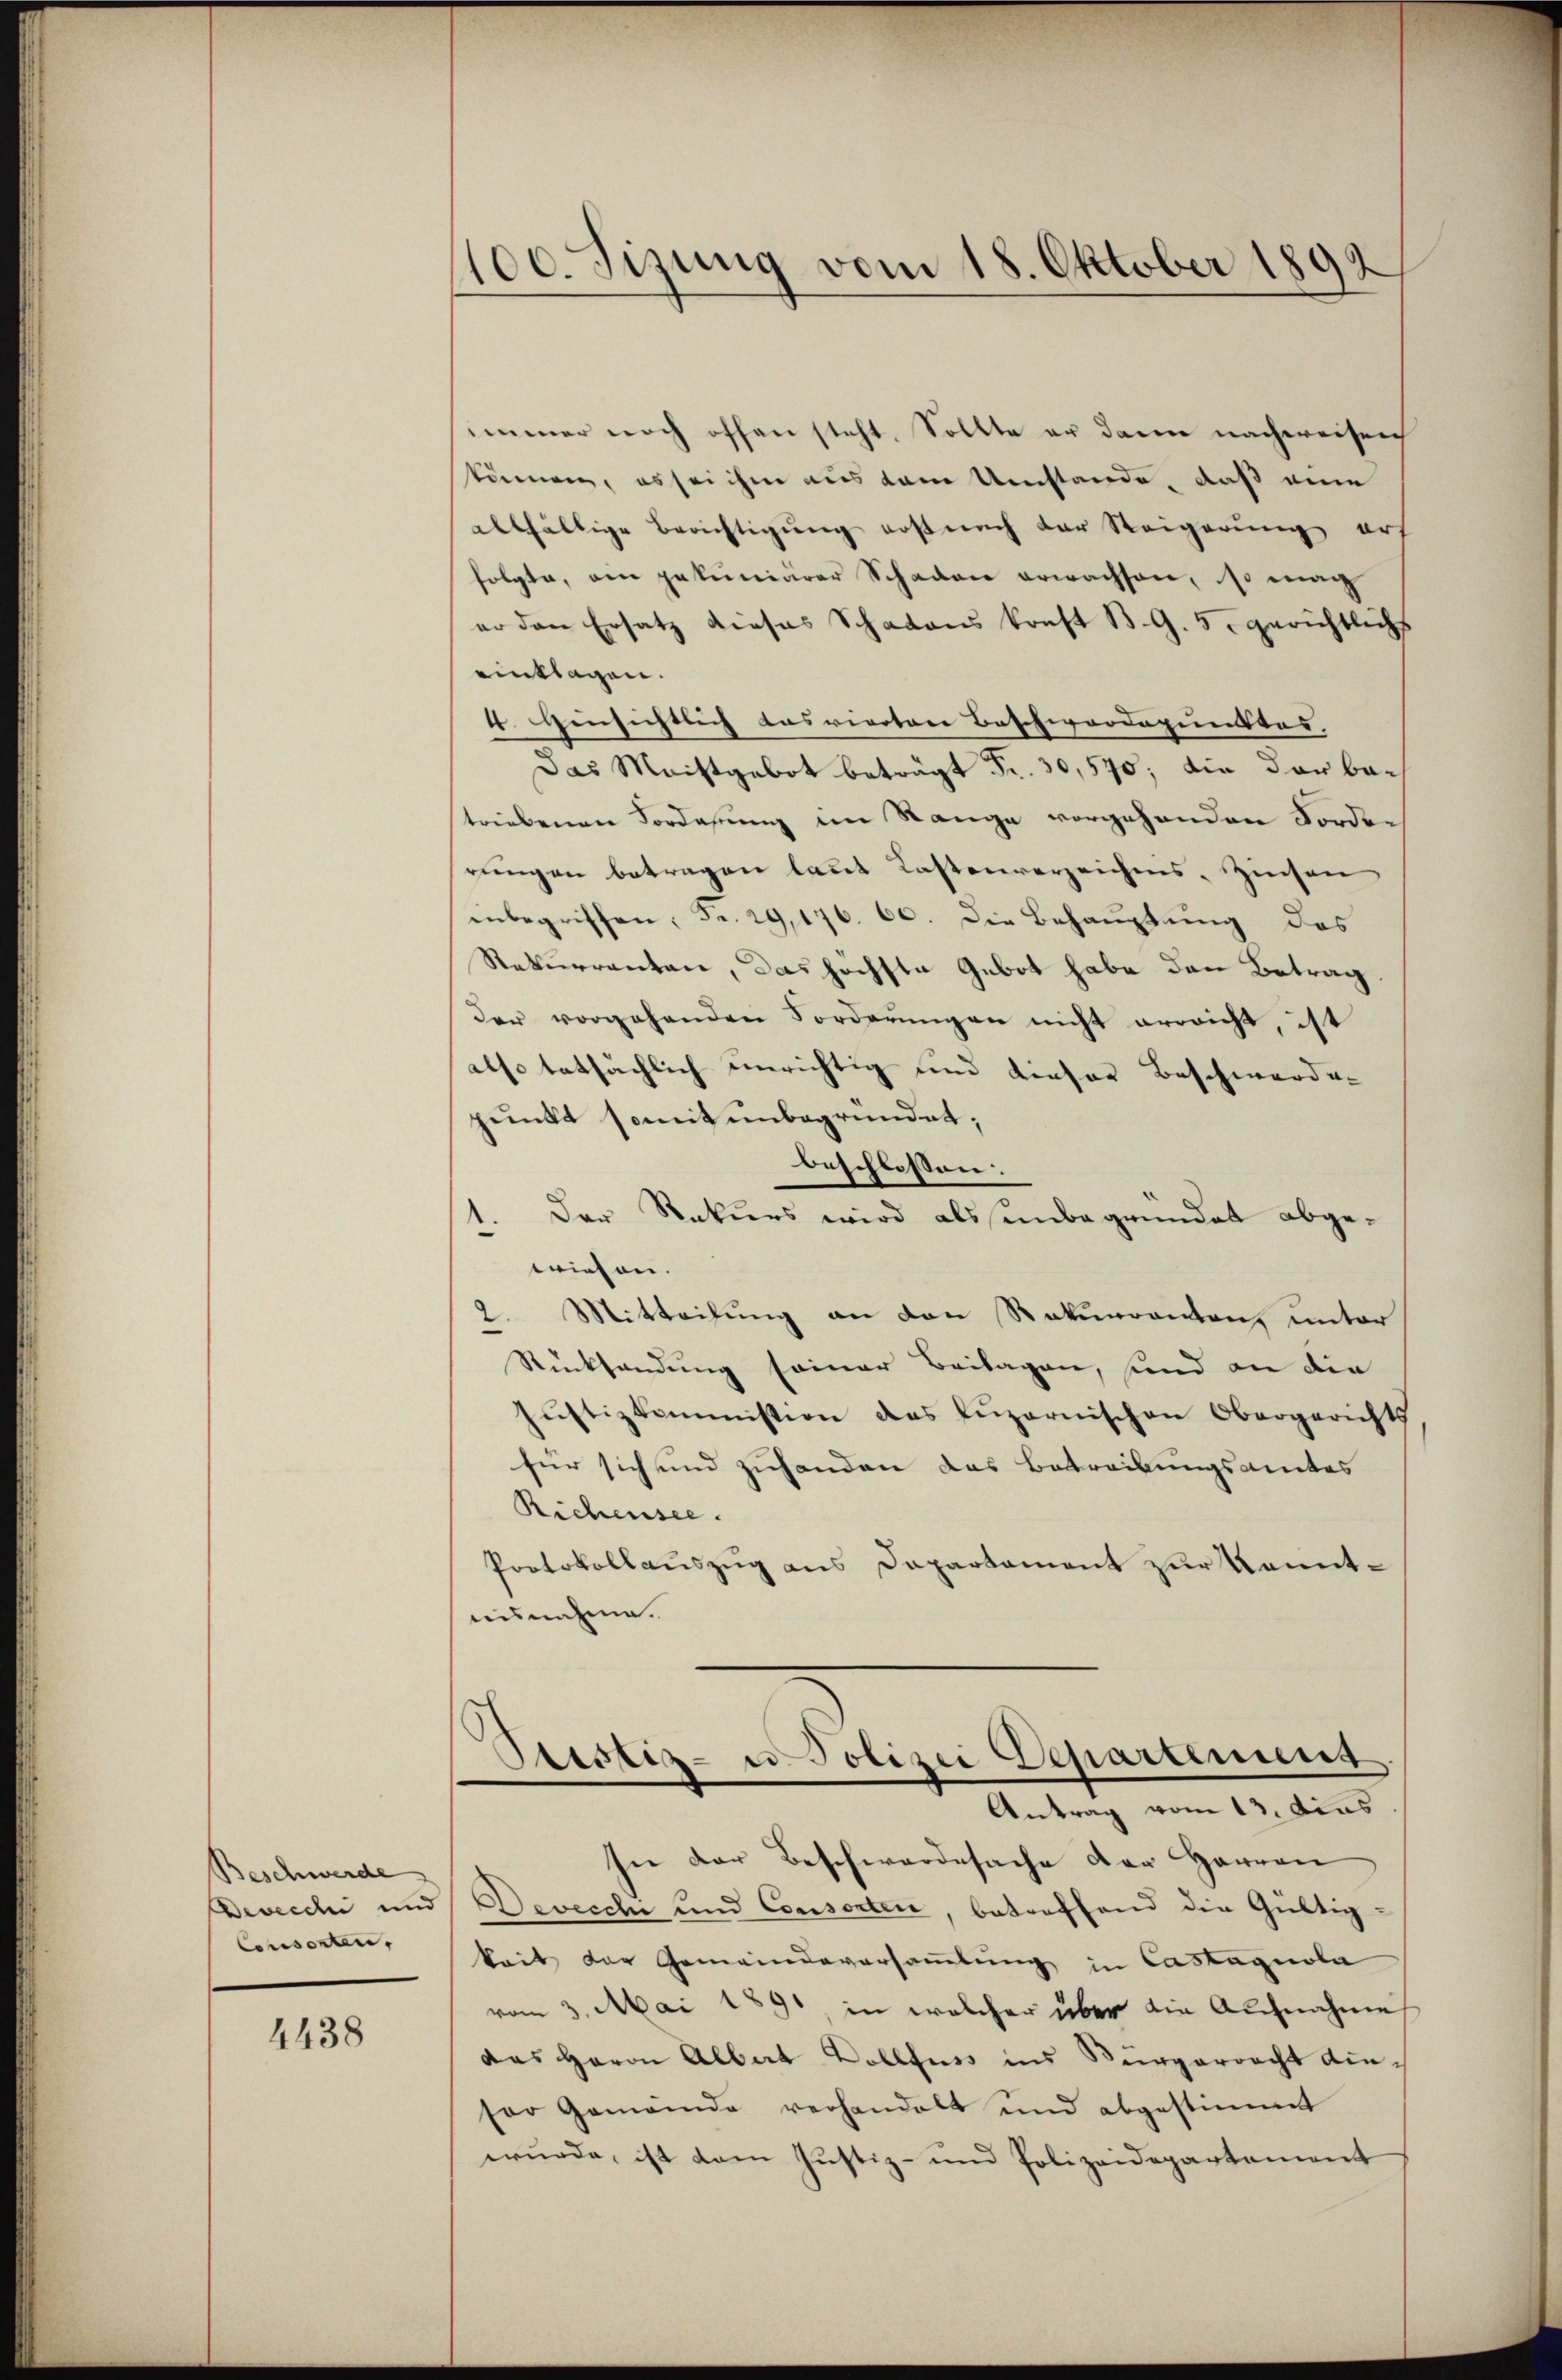
Beschwerde
Consenten,

4438

100. Sizung vom 18. Oktober 1892

immer noch offen steht. Sollte er dann nachweisen
könen, es sei ihm aus dem Umstände, daß eine
allfällige Berichtigung erst nach der Steigerung ers
folgte, ain pekuniärer Schaden erwachsen, so mag
er den Ersatz dieses Schadens konst B. G. 5. gerichtlichs
einklagen.
4. Einsichtlich Losvierter Beschwordepunktes,
Das Maistgebot beträgt Fr. 30,570; die der bestriebenen Forderung im Range vorgehenden Forder
rungen betragen laut Kastenverzeichnis, Zinsen
inbegriffen; Fr. 29,176. 60. Die Behauptung des
Rekurrenten, das höchste Gebot habe den Betrag.
der vorgehenden Forderungen nicht erreicht, ist
also tatsächlich unrichtig und dieser Beschwerden
punkt somit unbegründet;
beschlossen:
Der Rekurs wird als unbegründet abgewiesen.
2. Mitteilung an den Rekurrentenz unter
Rücksendung seiner Beilagen, sind an die
Jŭstizkommission des Lŭzernischen Obergerichts
für sich und zuhanden das Betreibungsamtes
Richensee.
Protokollauszug aus Departament zur Kenntausnahme.
Dustiz- u. Polizei Departement.
Antrag vom 13. Dies
In der Beschwerdesache der Herren
Devecchi und Devecchi und Consorten, betreffend die Gültig-
keit der Gemeindeversammlung in Castagnola
vom 3. Mai 1891, in welcher über die Aufnahme
das Herrn Albat Dollfuss ins Bürgerracht diesor Gemeinde verhandelt und abgestimmt
wŭrde, ist dann Justiz- und Polizeidepartement